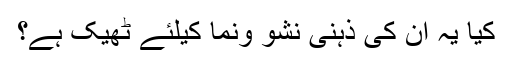
کیا یہ ان کی ذہنی نشو ونما کیلئے ٹھیک ہے؟